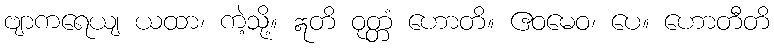
ဗျာကရေယျ ယထာ၊ ကဲ့သို့။ ဣတိ ဝုတ္တံ ဟောတိ။ ဧဝမေဝ၊ ပေ။ ဟောတီတိ